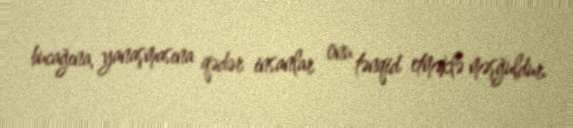
bucağına, yanaşmasına qədər insanlar onu tənqid etməklə məşğuldur.